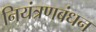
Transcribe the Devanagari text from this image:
नियंत्रणबंधन